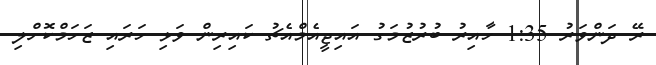
ރޭ ދަންވަރު 1:35 ހާއިރު ބުރުޒުމަގު އައިޖީއެމްއެޗު ކައިރިން ވަޅި ހަރައި ޒަހަމްކޮށްލި